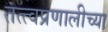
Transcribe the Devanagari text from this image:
तत्त्वप्रणालीच्या